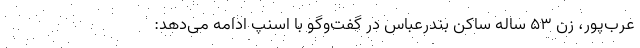
عرب‌پور، زن ۵۳ ساله ساکن بندرعباس در گفت‌و‌گو با اسنپ ادامه می‌دهد: